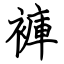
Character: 褲